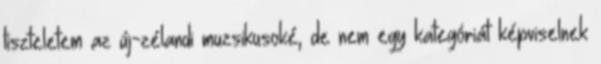
tiszteletem az új-zélandi muzsikusoké, de nem egy kategóriát képviselnek